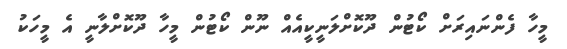
މީހާ ފެންނައިރަށް ކޯޓުން ދޫކޮށްލަނީކީއެއް ނޫން ކޯޓުން މީހާ ދޫކޮށްލާނީ އެ މީހަކު